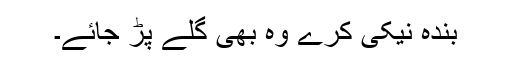
بندہ نیکی کرے وہ بھی گلے پڑ جائے۔